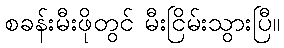
စခန်းမီးဖိုတွင် မီးငြိမ်းသွားပြီ။